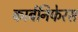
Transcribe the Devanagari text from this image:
कार्बनिफेरस